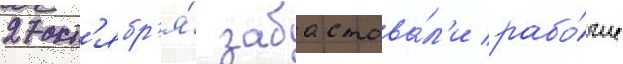
27 окт'ябр'я́ забастова́л'и рабо́чие